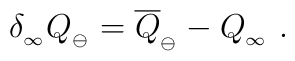
\delta_{_\infty} Q_{_{\ominus}}=\overline Q_{_{\ominus}}    -Q_{_\infty}\ .